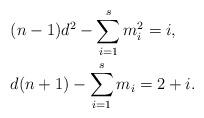
LaTeX: \begin{align*}& (n-1)d^2-\sum_{i=1}^{s} m_i^2=i, \\& d(n+1)-\sum_{i=1}^s m_i=2+i.\end{align*}